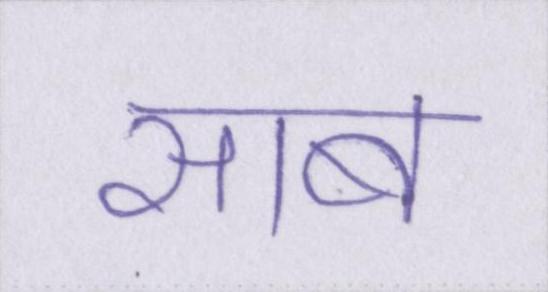
साब